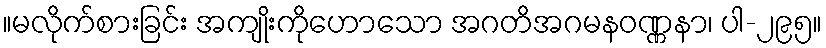
။မလိုက်စားခြင်း အကျိုးကိုဟောသော အဂတိအဂမနဝဏ္ဏနာ၊ ပါ-၂၉၅။